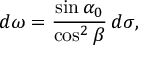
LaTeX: d \omega = { \frac { \sin \alpha _ { 0 } } { \cos ^ { 2 } \beta } } \, d \sigma ,